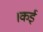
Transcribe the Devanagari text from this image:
।कई